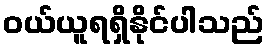
ဝယ်ယူရရှိနိုင်ပါသည်